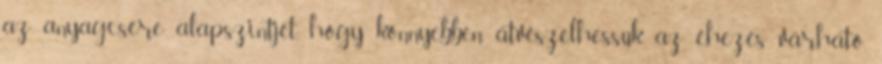
az anyagcsere alapszintjét, hogy könnyebben átvészelhessük az éhezés várható